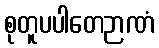
စုတူပပါတေဉာဏံ